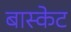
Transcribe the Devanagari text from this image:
बास्‍केट